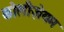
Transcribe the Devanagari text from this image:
कोलीज़ेयम